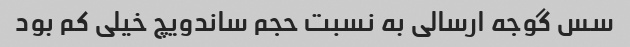
سس گوجه ارسالی به نسبت حجم ساندویچ خیلی کم بود